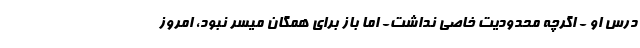
درس او - اگرچه محدودیت خاصی نداشت- اما باز برای همگان میسر نبود، امروز